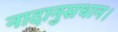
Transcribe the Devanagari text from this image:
नादानुसधान।